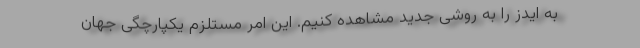
به ایدز را به روشی جدید مشاهده کنیم. این امر مستلزم یکپارچگی جهان